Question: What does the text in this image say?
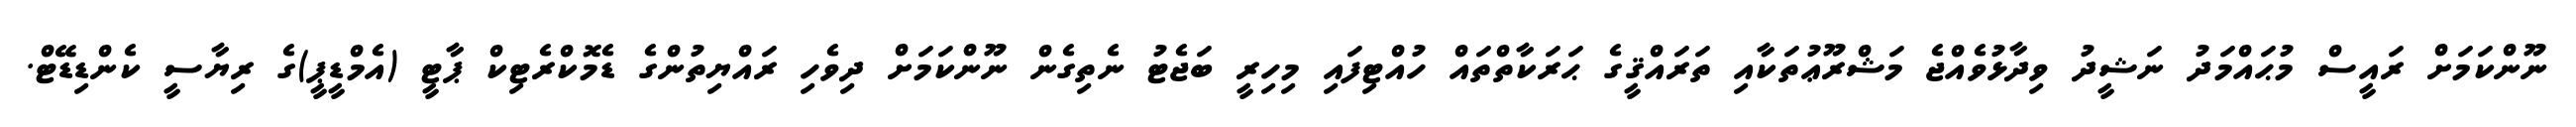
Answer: ނޫންކަމަށް ރައީސް މުޙައްމަދު ނަޝީދު ވިދާޅުވެއްޖެ މަޝްރޫޢުތަކާއި ތަރައްޤީގެ ޙަރަކާތްތައް ހުއްޓިފައި މިހިރީ ބަޖެޓު ނެތިގެން ނޫންކަމަށް ދިވެހި ރައްޔިތުންގެ ޑެމޮކްރެޓިކް ޕާޓީ (އެމްޑީޕީ)ގެ ރިޔާސީ ކެންޑިޑޭޓް.